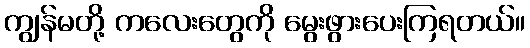
ကျွန်မတို့ ကလေးတွေကို မွေးဖွားပေးကြရတယ်။